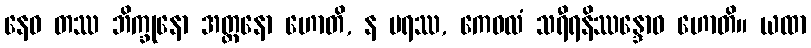
နေဝ တဿ ဘိက္ခုနော အတ္တနော ဟောတိ, န ပရဿ, ကေဝလံ သရီရနိဿန္ဒောဝ ဟောတိ။ ယထာ